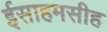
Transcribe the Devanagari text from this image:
ईसाहमसीह